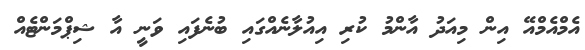
އެމްއެމްއޭ އިން މިއަދު އާންމު ކުރި އިއުލާނެއްގައި ބުނެފައި ވަނީ އާ ޝިޕްމަންޓެއް